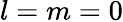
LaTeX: l=m=0